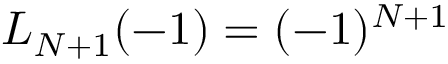
L _ { N + 1 } ( - 1 ) = ( - 1 ) ^ { N + 1 }